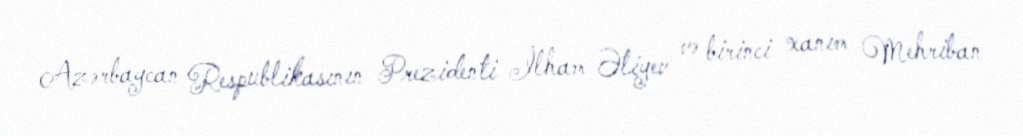
Azərbaycan Respublikasının Prezidenti İlham Əliyev və birinci xanım Mehriban